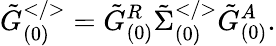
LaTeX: \tilde{G}_{(0)}^{</>}=\tilde{G}_{(0)}^{R}\tilde{\Sigma}_{(0)}^{</>}\tilde{G}_{(0)}^{A}.